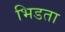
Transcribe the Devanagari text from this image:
भिडता